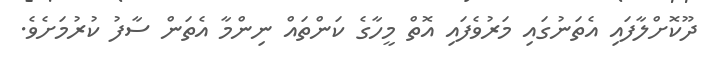
ދޫކޮށްލާފައި އެތަނުގައި މަރުވެފައި އޮތް މީހާގެ ކަންތައް ނިންމާ އެތަން ސާފު ކުރުމަށެވެ.